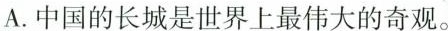
A.中国的长城是世界上最伟大的奇观。